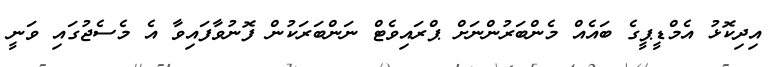
އިދިކޮޅު އެމްޑީޕީގެ ބައެއް މެންބަރުންނަށް ޕްރައިވެޓް ނަންބަރަކުން ފޮނުވާފައިވާ އެ މެސެޖުގައި ވަނީ